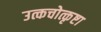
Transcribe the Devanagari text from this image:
उत्कचोत्कृष्टा